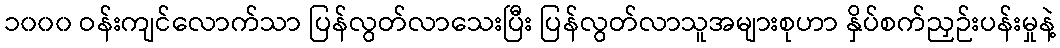
၁၀၀၀ ဝန်းကျင်လောက်သာ ပြန်လွတ်လာသေးပြီး ပြန်လွတ်လာသူအများစုဟာ နှိပ်စက်ညှဉ်းပန်းမှုနဲ့